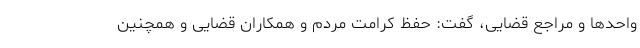
واحد‌ها و مراجع قضایی، گفت: حفظ کرامت مردم و همکاران قضایی و همچنین